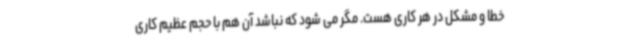
خطا و مشکل در هر کاری هست. مگر می شود که نباشد آن هم با حجم عظیم کاری